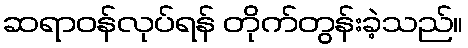
ဆရာဝန်လုပ်ရန် တိုက်တွန်းခဲ့သည်။